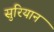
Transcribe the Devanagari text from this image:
सुरियान